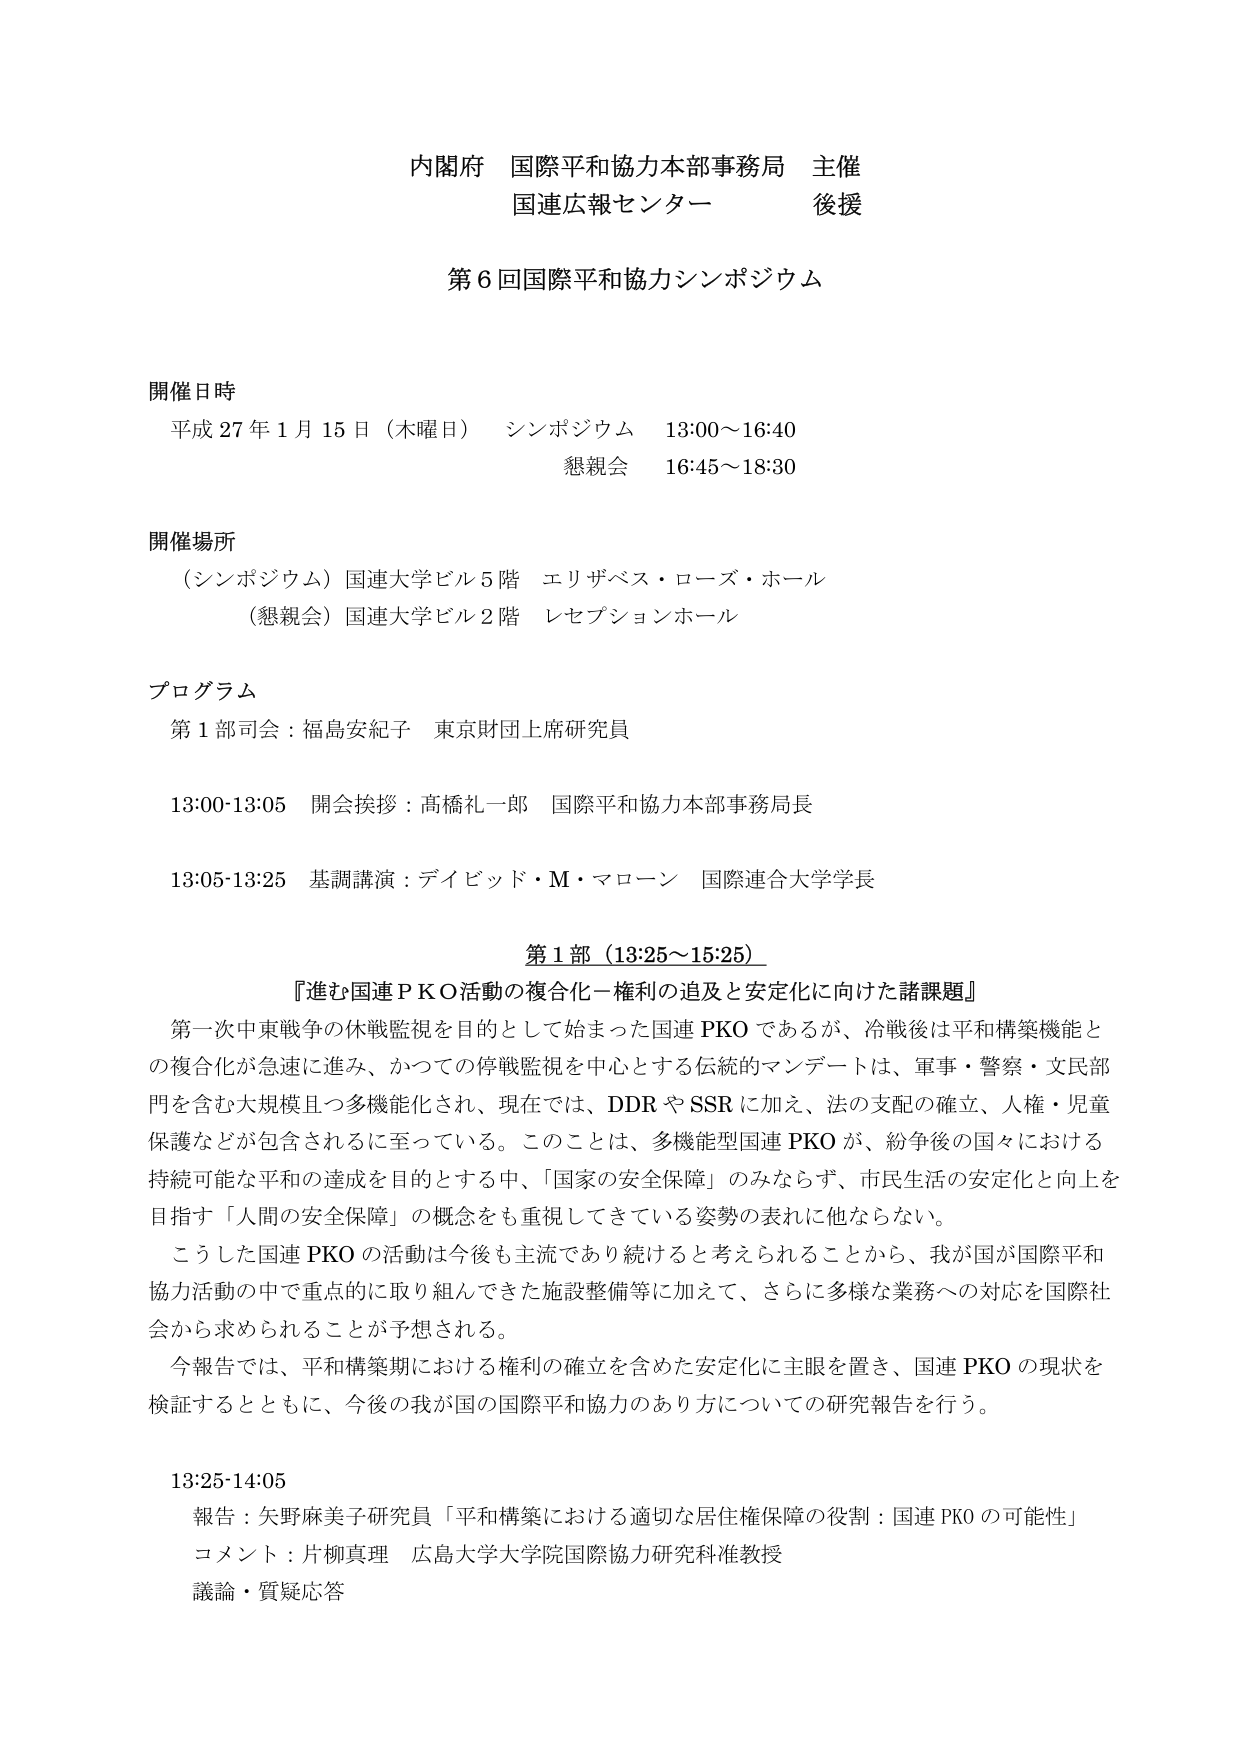
内閣府 国際平和協力本部事務局 主催
国連広報センター 後援

第６回国際平和協力シンポジウム

開催日時
平成27年1月15日（木曜日） シンポジウム 13:00～16:40
懇親会 16:45～18:30

開催場所
（シンポジウム）国連大学ビル5階 エリザベス・ローズ・ホール
（懇親会）国連大学ビル2階 レセプションホール

プログラム
第1部司会：福島安紀子 東京財団上席研究員

13:00-13:05 開会挨拶：高橋礼一郎 国際平和協力本部事務局長

13:05-13:25 基調講演：デイビッド・M・マローン 国際連合大学学長

第1部（13:25～15:25）
『進む国連ＰＫＯ活動の複合化－権利の追及と安定化に向けた諸課題』
第一次中東戦争の休戦監視を目的として始まった国連ＰＫＯであるが、冷戦後は平和構築機能との複合化が急速に進み、かつての停戦監視を中心とする伝統的マンデートは、軍事・警察・文民部門を含む大規模且つ多機能化され、現在では、DDRやSSRに加え、法の支配の確立、人権・児童保護などが包含されるに至っている。このことは、多機能型国連ＰＫＯが、紛争後の国々における持続可能な平和の達成を目的とする中、「国家の安全保障」のみならず、市民生活の安定化と向上を目指す「人間の安全保障」の概念をも重視してきている姿勢の表れに他ならない。
こうした国連ＰＫＯの活動は今後も主流であり続けると考えられることから、我が国が国際平和協力活動の中で重点的に取り組んできた施設整備等に加えて、さらに多様な業務への対応を国際社会から求められることが予想される。
今報告では、平和構築期における権利の確立を含めた安定化に主眼を置き、国連ＰＫＯの現状を検証するとともに、今後の我が国の国際平和協力のあり方についての研究報告を行う。

13:25-14:05
報告：矢野麻美子研究員「平和構築における適切な居住権保障の役割：国連ＰＫＯの可能性」
コメント：片柳真理 広島大学大学院国際協力研究科准教授
議論・質疑応答